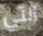
التي